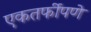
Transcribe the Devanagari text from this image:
एकतर्फीपणे